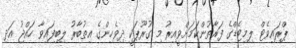
ޕްރައިވެޓް ލިމިޓެޑްގެ ފަރާތުންކަމަށްވީއިރު މި ގުރޫޕަކީ ދިވެހިންގެ އިތުބާރު ލިބިފައިވާ ހައްޖު އަދި